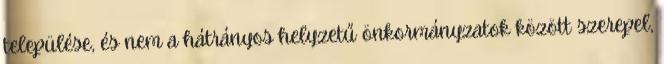
települése, és nem a hátrányos helyzetű önkormányzatok között szerepel,